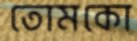
তোমকো